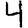
Digit: 4